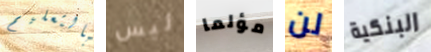
بالتعليم ليس مؤلما لن البنكية